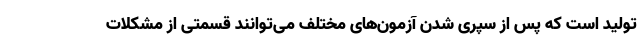
تولید است که پس از سپری شدن آزمون‌های مختلف می‌توانند قسمتی از مشکلات